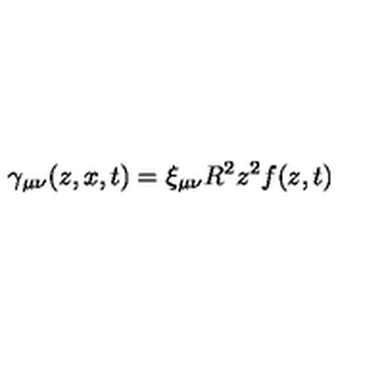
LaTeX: \gamma _ { \mu \nu } ( z , x , t ) = \xi _ { \mu \nu } R ^ { 2 } z ^ { 2 } f ( z , t )